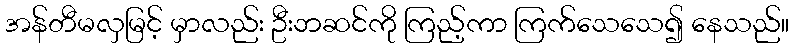
အန်တီမလှမြင့် မှာလည်း ဦးဘဆင်ကို ကြည့်ကာ ကြက်သေသေ၍ နေသည်။